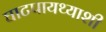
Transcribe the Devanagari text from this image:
घाटपायथ्याशी